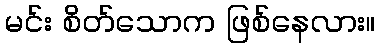
မင်း စိတ်သောက ဖြစ်နေလား။